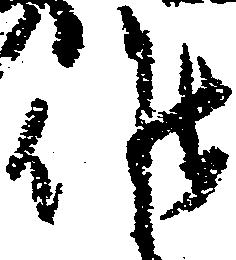
候